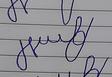
Signature authenticity: forged